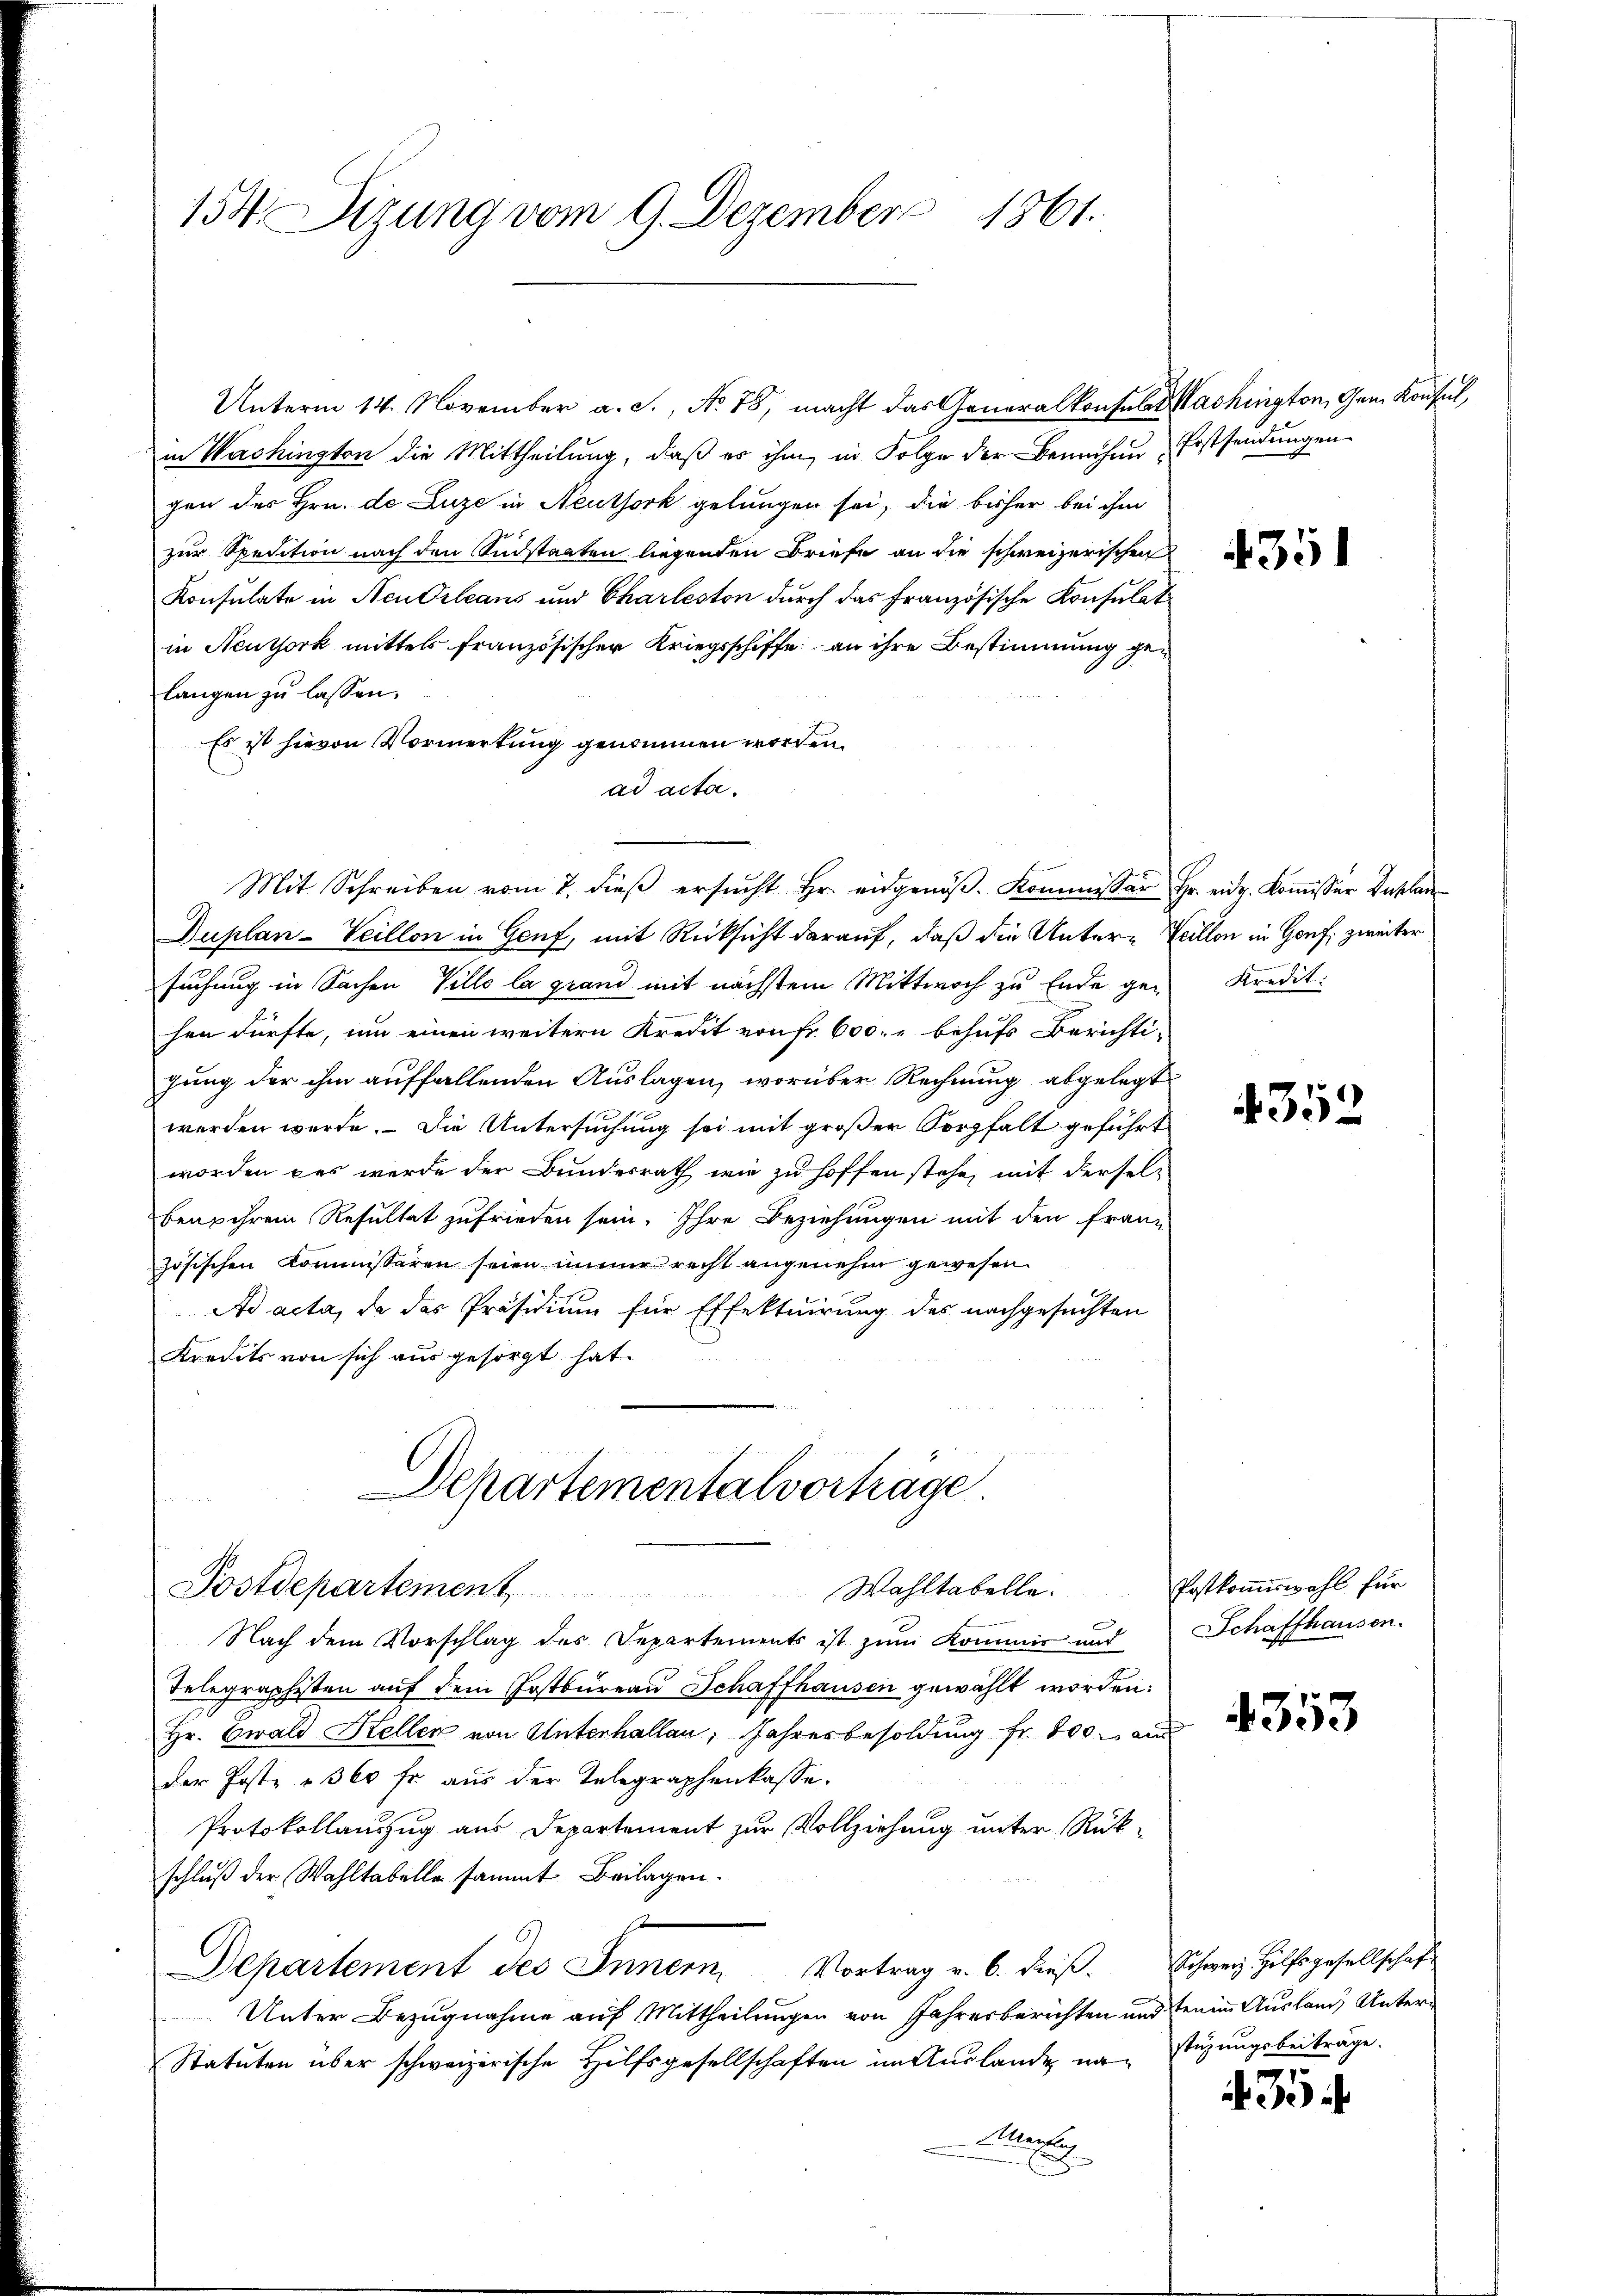
154. Sizung vom 9. Dezember 1861.

Departementalvorträge.
Postdepartement,
Wahltabelle.

in Washington die Mittheilung, daß es ihm, in Folge der Bemühen Erstsendungen
gen der Hrn. de Luze in Neuthork gelungen sei, die bisher bei ihm
zur Spedition nach den Südstaaten liegenden Briefe an die schweizerischen
Konsulate in Neu Orleans und Charleston durch das französische Konsulat
in Neuthork mittels französischer Kriegsschiffe an ihre Bestimmung gelangen zu lassen.
Es ist hievon Vormerkung genommen worden.
ad acta.
Mit Schreiben vom 7. dieß ersucht Hr. eidgenöβ. Kommissär Hr. eidg. Kommisser Anklan
Duplan-Veillon in Genf, mit Rücksicht darauf, daß die Untere Teillon in Genf, zweiter
suchung in Sachen Villo la grand mit nächstem Mittwoch zu Ende gehen dürfte, um einen weitern Kredit von Fr. 600. u behufs Berichti-
hung der ihm auffallenden Auslagen, worüber Rechnung abgelegt
werden werde. Die Untersuchung sei mit großer Sorgfalt geführt
worden des werde der Bundesrath wie zu hoffen stehe, mit derselb
Benz ihrem Resultat zufrieden sein. Ihre Beziehungen mit den franz
zösischen Kommissären seien immer recht angenehm gewesen
Ad acta, da das Präsidium für Effektuirung des nachgesuchten
Kredits von sich aus gesorgt hat.

Unterm 14. November a. S., No 78, macht das Generalkonsulat Washington, Gem. Konsul,

Nach dem Vorschlag des Departements ist zum Kommen und
Telegraphisten auf dem Postbureau Schaffhausen gewählt worden:
Hr. Ewald Stellen von Unterhallen, Jahresbesoldung fr. 800 an
der Post 360 fr aus der Telegraphenkasse.
Protokollauszug aus Departement zur Vollziehung unter Rück-
schluß der Wahltabelle sammt Beilagen.
6.
Departement des Innern, Vortrag v. 6. dieß. Schweiz Hilfsgesellschaft
Unter Bezugnahme auf Mittheilungen von Jahresberichten und seinen Ausland Unter¬
Statuten über schweizerische Hilfsgesellschaften im Auslande, na¬
Ma

435

Kredit.

4352

Postkomiswahl für
Schaffhausen.

4353

stüzungsbeiträge.

3